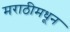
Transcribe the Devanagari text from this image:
मराठीमधून